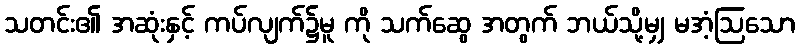
သတင်း၏ အဆုံးနှင့် ကပ်လျက်၌မူ ကို သက်ဆွေ အတွက် ဘယ်သို့မျှ မအံ့ဩသော